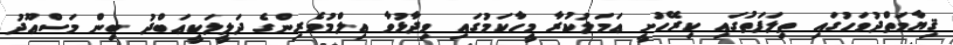
ޤިޔާމަތްދުވަހުގައި ތިލަފަތުގައި ކިރޭހުށީ ޢަމަލުކުރާ މީހާކަމުގައި ވިދާޅުވާ ޢިލްމުވެރިންގެ ދަލީލަކީޢަބްދު ބިން މަސްޢޫދު